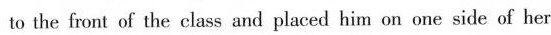
to the front of the class and placed him on one side of her